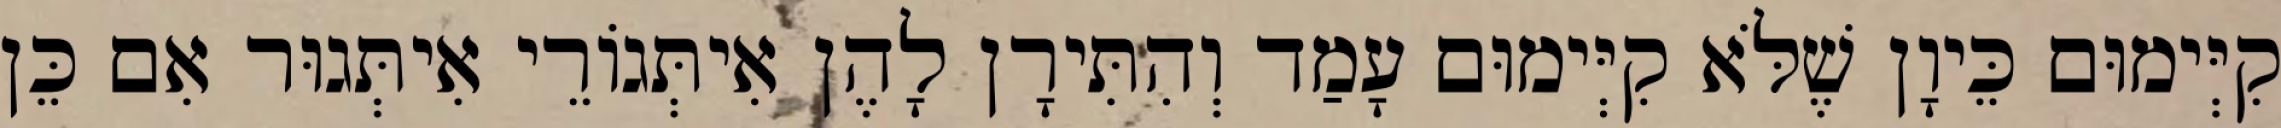
קִיְּימוּם כֵּיוָן שֶׁלֹּא קִיְּימוּם עָמַד וְהִתִּירָן לָהֶן אִיתְּגוֹרֵי אִיתְּגוּר אִם כֵּן